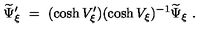
\widetilde \Psi _ { \xi } ^ { \prime } \ = \ ( \cosh V _ { \xi } ^ { \prime } ) ( \cosh V _ { \xi } ) ^ { - 1 } \widetilde \Psi _ { \xi } \ .